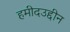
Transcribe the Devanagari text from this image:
हमीदउद्दीन